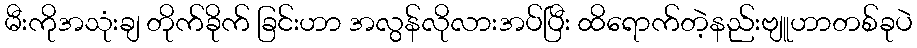
မီးကိုအသုံးချ တိုက်ခိုက် ခြင်းဟာ အလွန်လိုလားအပ်ပြီး ထိရောက်တဲ့နည်းဗျူဟာတစ်ခုပဲ